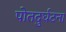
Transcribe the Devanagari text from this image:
पोतदुर्घटना